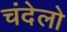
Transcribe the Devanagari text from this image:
चंदेलो